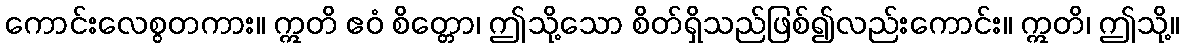
ကောင်းလေစွတကား။ ဣတိ ဧဝံ စိတ္တော၊ ဤသို့သော စိတ်ရှိသည်ဖြစ်၍လည်းကောင်း။ ဣတိ၊ ဤသို့။